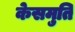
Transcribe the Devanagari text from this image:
केसमुति